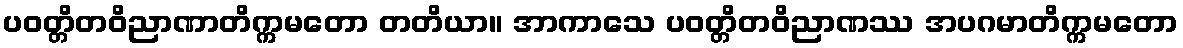
ပဝတ္တိတဝိညာဏာတိက္ကမတော တတိယာ။ အာကာသေ ပဝတ္တိတဝိညာဏဿ အပဂမာတိက္ကမတော